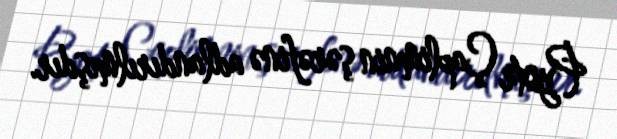
Pyotr Çaplimnin şərəfinə adlandırılmışdır.